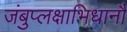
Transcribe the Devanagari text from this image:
जंबुप्लक्षाभिधानौ